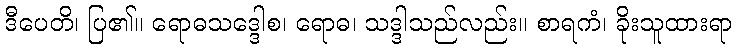
ဒီပေတိ၊ ပြ၏။ ရောဓသဒ္ဒေါစ၊ ရောဓ၊ သဒ္ဒါသည်လည်း။ စာရကံ၊ ခိုးသူထားရာ